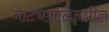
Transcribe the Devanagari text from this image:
नाट्यशाळेमधील